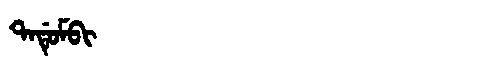
Manchu: ᡨᠠᡩᡠᠮᠪᡳ
Romanization: TADUMBI